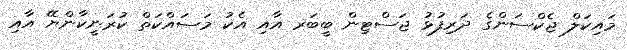
މައިކަލް ޖެކްސަންގެ ދަރިފުޅު ޖަސްޓިން ބީބަރ އާއި އެކު މަސައްކަތް ކުރަނީކާންޔޭ އާއި